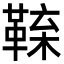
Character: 𩋑